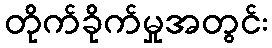
တိုက်ခိုက်မှုအတွင်း